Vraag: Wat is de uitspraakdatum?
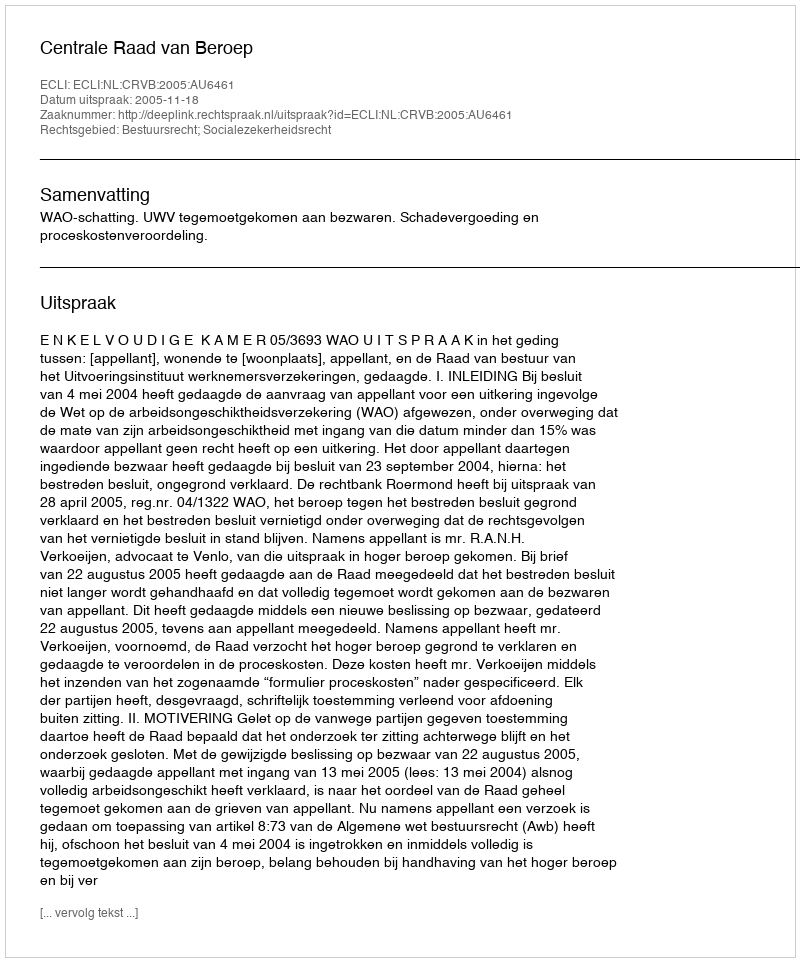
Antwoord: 2005-11-18